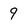
Character: 9